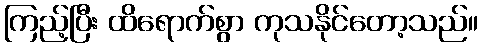
ကြည့်ပြီး ထိရောက်စွာ ကုသနိုင်တော့သည်။